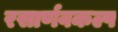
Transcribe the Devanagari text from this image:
रसार्णवकल्प